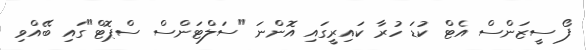
ފޯ ސީޒަންސް އެޓް ކުޑަ ހުރާ ކައިރީގައި އޮންނަ "ސަލްޓަންސް ސްޕޮޓް"ގައި ބޭއްވި